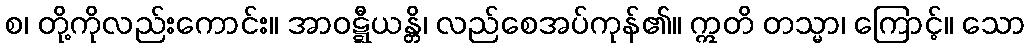
စ၊ တို့ကိုလည်းကောင်း။ အာဝဋ္ဋီယန္တိ၊ လည်စေအပ်ကုန်၏။ ဣတိ တသ္မာ၊ ကြောင့်။ သော